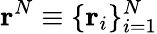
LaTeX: \mathbf{r}^{N}\equiv\{ \mathbf{r}_{i}\} _{i=1}^{N}